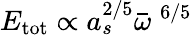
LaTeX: E_{\mathrm{tot}}\propto a_{s}^{2/5}\bar{\omega}^{\; 6/5}